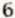
6